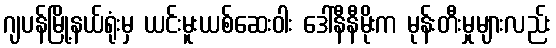
ဂျပန်မြို့နယ်ရုံးမှ ယင်းမူးယစ်ဆေးဝါး ဒေါ်နီနီမိုးက မုန်းတီးမှုများလည်း